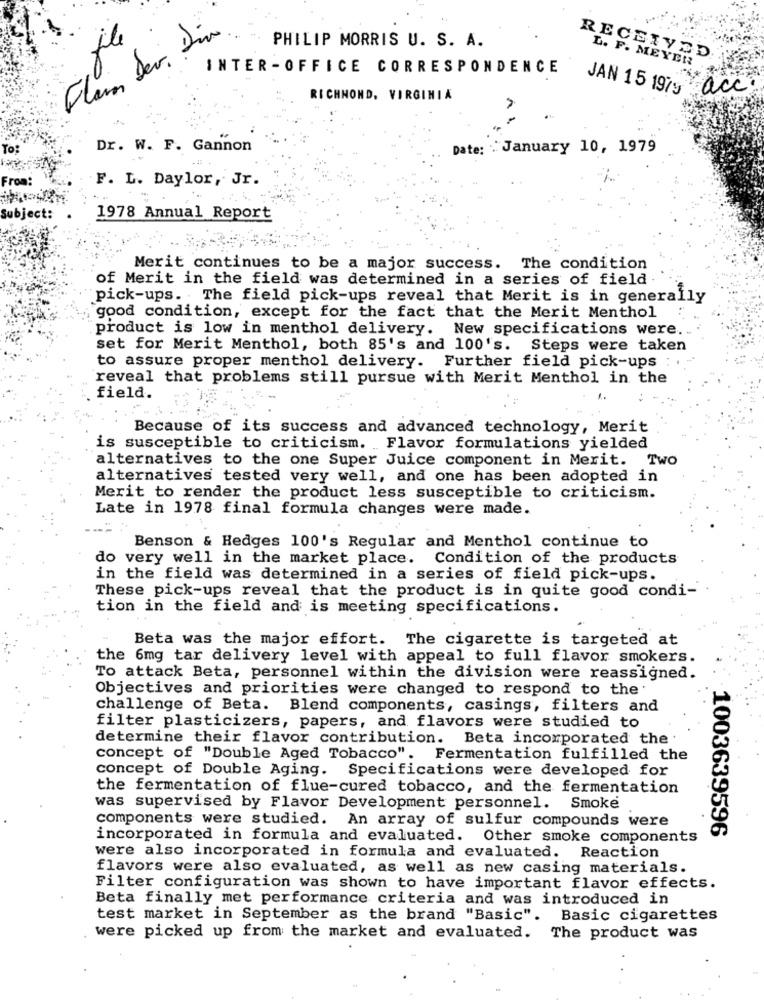
Flain Der. Din
PHILIP MORRIS U. S. A.
RECEIVED
L. F. MEYER
INTER - OFFICE CORRESPONDENCE
JAN 15 1979 acc
RICHMOND, VIRGINIA
Dr. W. F. Gannon
Date: January 10, 1979
From:
F. L. Daylor, Jr.
Subject
1978 Annual Report
Merit continues to be a major success. The condition
of Merit in the field was determined in a series of field .
pick-ups. The field pick-ups reveal that Merit is in generally
good condition, except for the fact that the Merit Menthol
product is low in menthol delivery. New specifications were.
set for Merit Menthol, both 85's and 100's. Steps were taken
to assure proper menthol delivery. Further field pick-ups :
reveal that problems still pursue with Merit Menthol in the
field.
Because of its success and advanced technology, Merit
is susceptible to criticism. Flavor formulations yielded
alternatives to the one Super Juice component in Merit. Two
alternatives tested very well, and one has been adopted in
Merit to render the product less susceptible to criticism.
Late in 1978 final formula changes were made.
Benson & Hedges 100's Regular and Menthol continue to
do very well in the market place. Condition of the products
in the field was determined in a series of field pick-ups.
These pick-ups reveal that the product is in quite good condi-
tion in the field and is meeting specifications.
Beta was the major effort. The cigarette is targeted at
the 6mg tar delivery level with appeal to full flavor smokers.
To attack Beta, personnel within the division were reassigned.
Objectives and priorities were changed to respond to the
challenge of Beta. Blend components, casings, filters and
filter plasticizers, papers, and flavors were studied to
determine their flavor contribution. Beta incorporated the
concept of "Double Aged Tobacco". Fermentation fulfilled the
concept of Double Aging. Specifications were developed for
the fermentation of flue-cured tobacco, and the fermentation
was supervised by Flavor Development personnel. Smoke
components were studied. An array of sulfur compounds were
1003639596
incorporated in formula and evaluated. Other smoke components
were also incorporated in formula and evaluated. Reaction
flavors were also evaluated, as well as new casing materials.
Filter configuration was shown to have important flavor effects.
Beta finally met performance criteria and was introduced in
test market in September as the brand "Basic". Basic cigarettes
were picked up from the market and evaluated. The product was